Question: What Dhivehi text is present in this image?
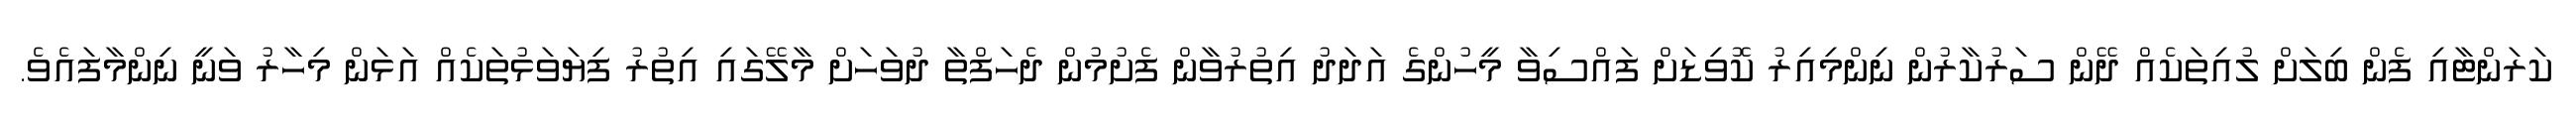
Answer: ކަރަންޓާއި ފެން ބިލަށް ލުއިތަކެއް ދޭން ސަރުކާރުން ނިންމިއިރު ކޮވިޑަށް ފައްސިވާ މީހުންގެ އަދަދު އިތުރުވާން ފެށުމުން ދެހަފްތާ ދުވަހަށް މާލޭގައި އިތުރު ފިޔަވަޅުތަކެއް އަޅަން މިހާރު ވަނީ ނިންމާފައެވެ.